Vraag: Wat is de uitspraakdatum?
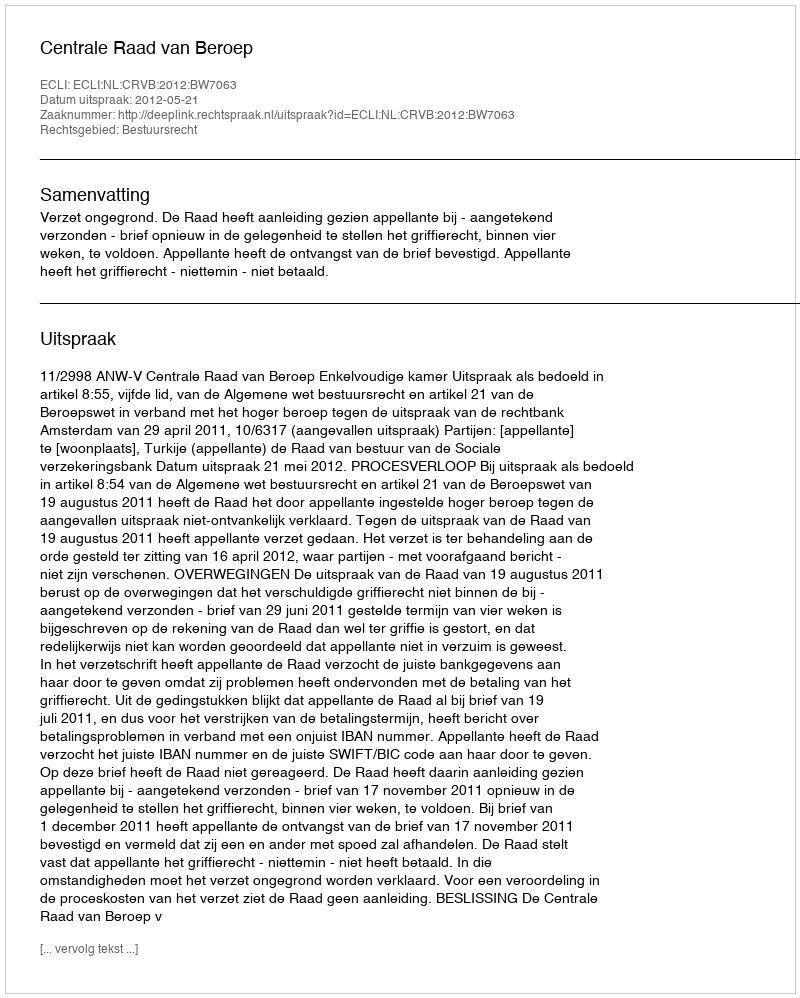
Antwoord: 2012-05-21